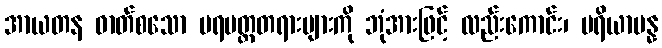
အာယတန ဓာတ်စသော ပရမတ္ထတရားများကို ဘုံအားဖြင့် လည်းကောင်း၊ ပရိယာပန္န